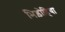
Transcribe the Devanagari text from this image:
भिड़ोहिया